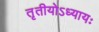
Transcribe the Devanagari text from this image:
तृतीयोऽध्यायः